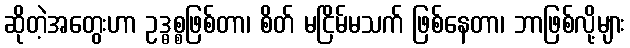
ဆိုတဲ့အတွေးဟာ ဥဒ္ဓစ္စဖြစ်တာ၊ စိတ် မငြိမ်မသက် ဖြစ်နေတာ၊ ဘာဖြစ်လို့များ